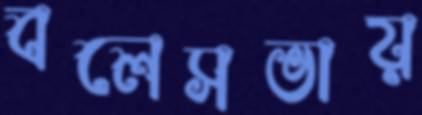
বলেসভায়